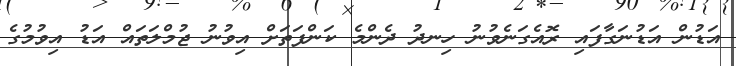
އަޑުން އަޑުނަގާފައި ރޮއެގަނެވުނު ހިނދު ދެންމެ ކަންފަތަށް އިވުނު ޖުމްލަތައް އަޑު އިވުމުގެ